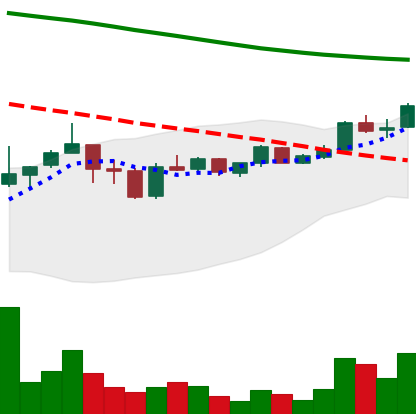
Ticker: ADA-USD
Chart end date: 2019-01-09
Forward return: -15.546%
Label: down_7plus